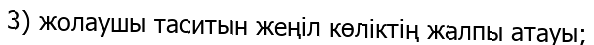
3) жолаушы таситын жеңіл көліктің жалпы атауы;